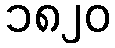
၁၈၂၀